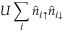
U \sum _ { i } \hat { n } _ { i { \uparrow } } \hat { n } _ { i { \downarrow } }